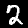
Label: 2